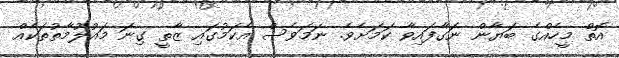
އޮތް މީހެއްގެ ބަޔާން ނަގާފައިވާ ކަމަށެވެ. ނަމަވެސް އެކަމުގައި ޒާތީ ގިނަ މައުލޫމާތުތަކެއް